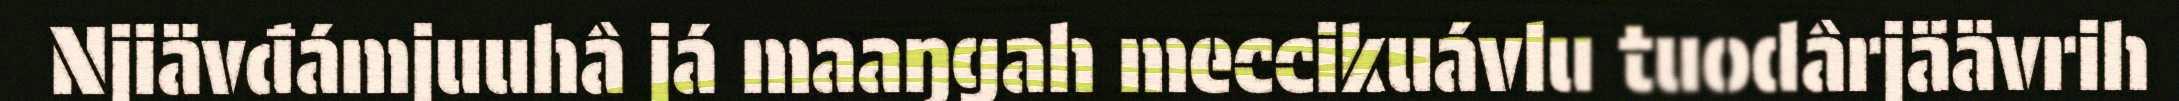
Njiävđámjuuhâ já maaŋgah meccikuávlu tuodârjäävrih